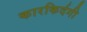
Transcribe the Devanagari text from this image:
कारकिर्दगी